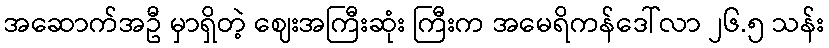
အဆောက်အဦ မှာရှိတဲ့ ဈေးအကြီးဆုံး ကြီးက အမေရိကန်ဒေါ်လာ ၂၆.၅ သန်း